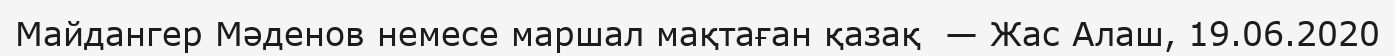
Майдангер Мәденов немесе маршал мақтаған қазақ  — Жас Алаш, 19.06.2020